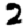
Digit: 2